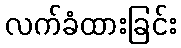
လက်ခံထားခြင်း